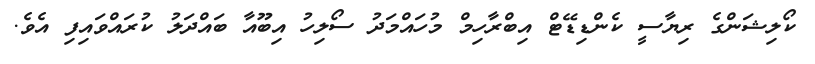
ކޯލިޝަންގެ ރިޔާސީ ކެންޑިޑޭޓް އިބްރާހިމް މުހައްމަދު ސޯލިހު އިބޫއާ ބައްދަލު ކުރައްވައިފި އެވެ.